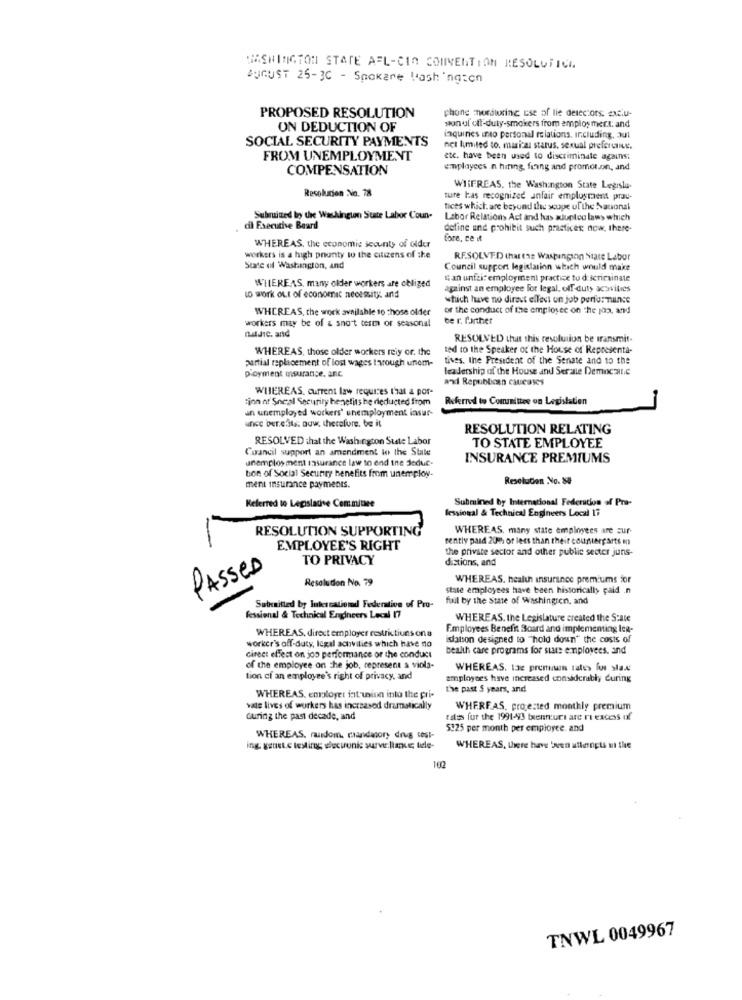
WASHINGTON STATE AFL-CIO CONVENTION RESOLUFICA
AUGUST 25-3C - Snokare Washington
phong monitoring cse of lie detectors. exclu-
PROPOSED RESOLUTION
UN DEDUCTION OF
son al oft-duty-smokers from employ mer.t: and
SOCIAL SECURITY PAYMENTS
inquiries into personal relations, including, aut
net limited to. marital status, sexual prefercie.
FROM UNEMPLOYMENT
etc. have been used to discriminate against
COMPENSATION
employees in hiring, fring and promor.on, and
Resolution No. 78
WIIFREAS, the Washington State Legisla.
ture las recognized anfair employment prou-
tices which are beyond the scope of the National
Subruitted In the Washington State Labor Coun-
Labor Relations Act and has xJunteo law> which
cil Executive Board
detine and prohibit such practices: now, there-
tore, ce it
WHEREAS, the economic scounty of older
workers is a high prunty to the citizens of the
RF.SOLVED that the Washington State Labor
State of Washington, and
Council support legislation which would make
Gan unfait employment practice to d icriminale
WHEREAS, many older workers are obliged
against an employee For legal, off duty acavities
to work out of economic necessity and
which have no direct elTest un job performance
WHEREAS, the work available to chose older
of the conduct of the employee on The joo, and
be r. further
workers may be of & sno't term or seasonal
nature, and
RESOLVED that this resolution be transmit.
WHEREAS, those older workers reiy or. the
ted to the Speaker of the House of Representa-
partial replacement of lost wages through unem-
tives, the President of the Senate and to the
ployment insurance. anc
leadership of the House and Serate Democratic
axi Republican caucases
WHEREAS. current law requires that a por-
tinn of Social Security benefits be deducted from
Referred to Committee on Legislation
un unemployed workers' unemployment insur-
unce ber.e.its. now. therefore, be it
RESOLUTION RELATING
RESOLVED that the Washington State Labor
Council support an amendment le the State
TO STATE EMPLOYEE
unemployment insurance law to end the Jedue-
INSURANCE PREMIUMS
bon of Social Security benefits from unemploy.
ResoluCion .No. &#
ment insurance payments.
Referred to Legislative Committee
Submined by International Federation of Pra-
fessional & Technical Engineers Local 17
RESOLUTION SUPPORTING
WHEREAS, many state employees are cur-
rently paid 2016 or less than their counterparts mn
-
EMPLOYEE'S RIGHT
the private sector and other public sector juns-
TO PRIVACY
distions, and
PASSED
Resolution No. 79
WHEREAS. health insurance premiums for
state employees have been historically cald .n
fuil by the State of Washington, and
Sutraitted by Internationd Federation of Pro-
Rssional & Technical Engineers Local 17
WHEREAS. the Legislature created the Scale
WHEREAS, direct employer restrictions on a
Employees Benefit Board and implementing leg-
islatson designed to "hold down" the costs of
worker's off-duty, legal activities which have no
bealth care programs for sure employees, and
direct effect on joo performance or the conduct
of the employee on the job, represent a viola-
WHEREAS. tae premiun tates lu stas
tion cf an employee's right of privacy, and
employees have increased considerably during
the past 5 years, and
WHEREAS. employer int'uinn into the pri-
vale lives of workers has increased dramatically
WHEREAS, projected monthly premium
during the past decade, and
tates fur the 1991-993 biennuri are ri excess of
5925 per month per employee, and
WHEREAS, random, candanory drug test-
ing. genetic testing soucironic surveillance; tidle-
WHEREAS, there have been alterngts ui the
102
TNWL 0049967